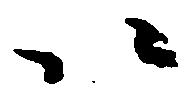
以